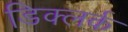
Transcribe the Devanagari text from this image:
डिक्लर्क